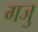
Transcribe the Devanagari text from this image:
गजु